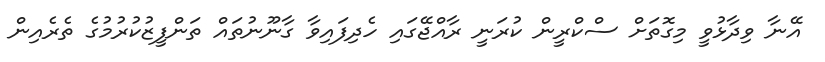
އޭނާ ވިދާޅުވީ މިގޮތަށް ސްކްރީން ކުރަނީ ރާއްޖޭގައި ހެދިފައިވާ ގާނޫނުތައް ތަންފީޒުކުރުމުގެ ތެރެއިން